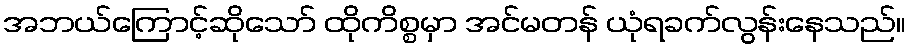
အဘယ်ကြောင့်ဆိုသော် ထိုကိစ္စမှာ အင်မတန် ယုံရခက်လွန်းနေသည်။